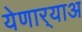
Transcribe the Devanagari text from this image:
येणार्‍याअ